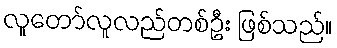
လူတော်လူလည်တစ်ဦး ဖြစ်သည်။